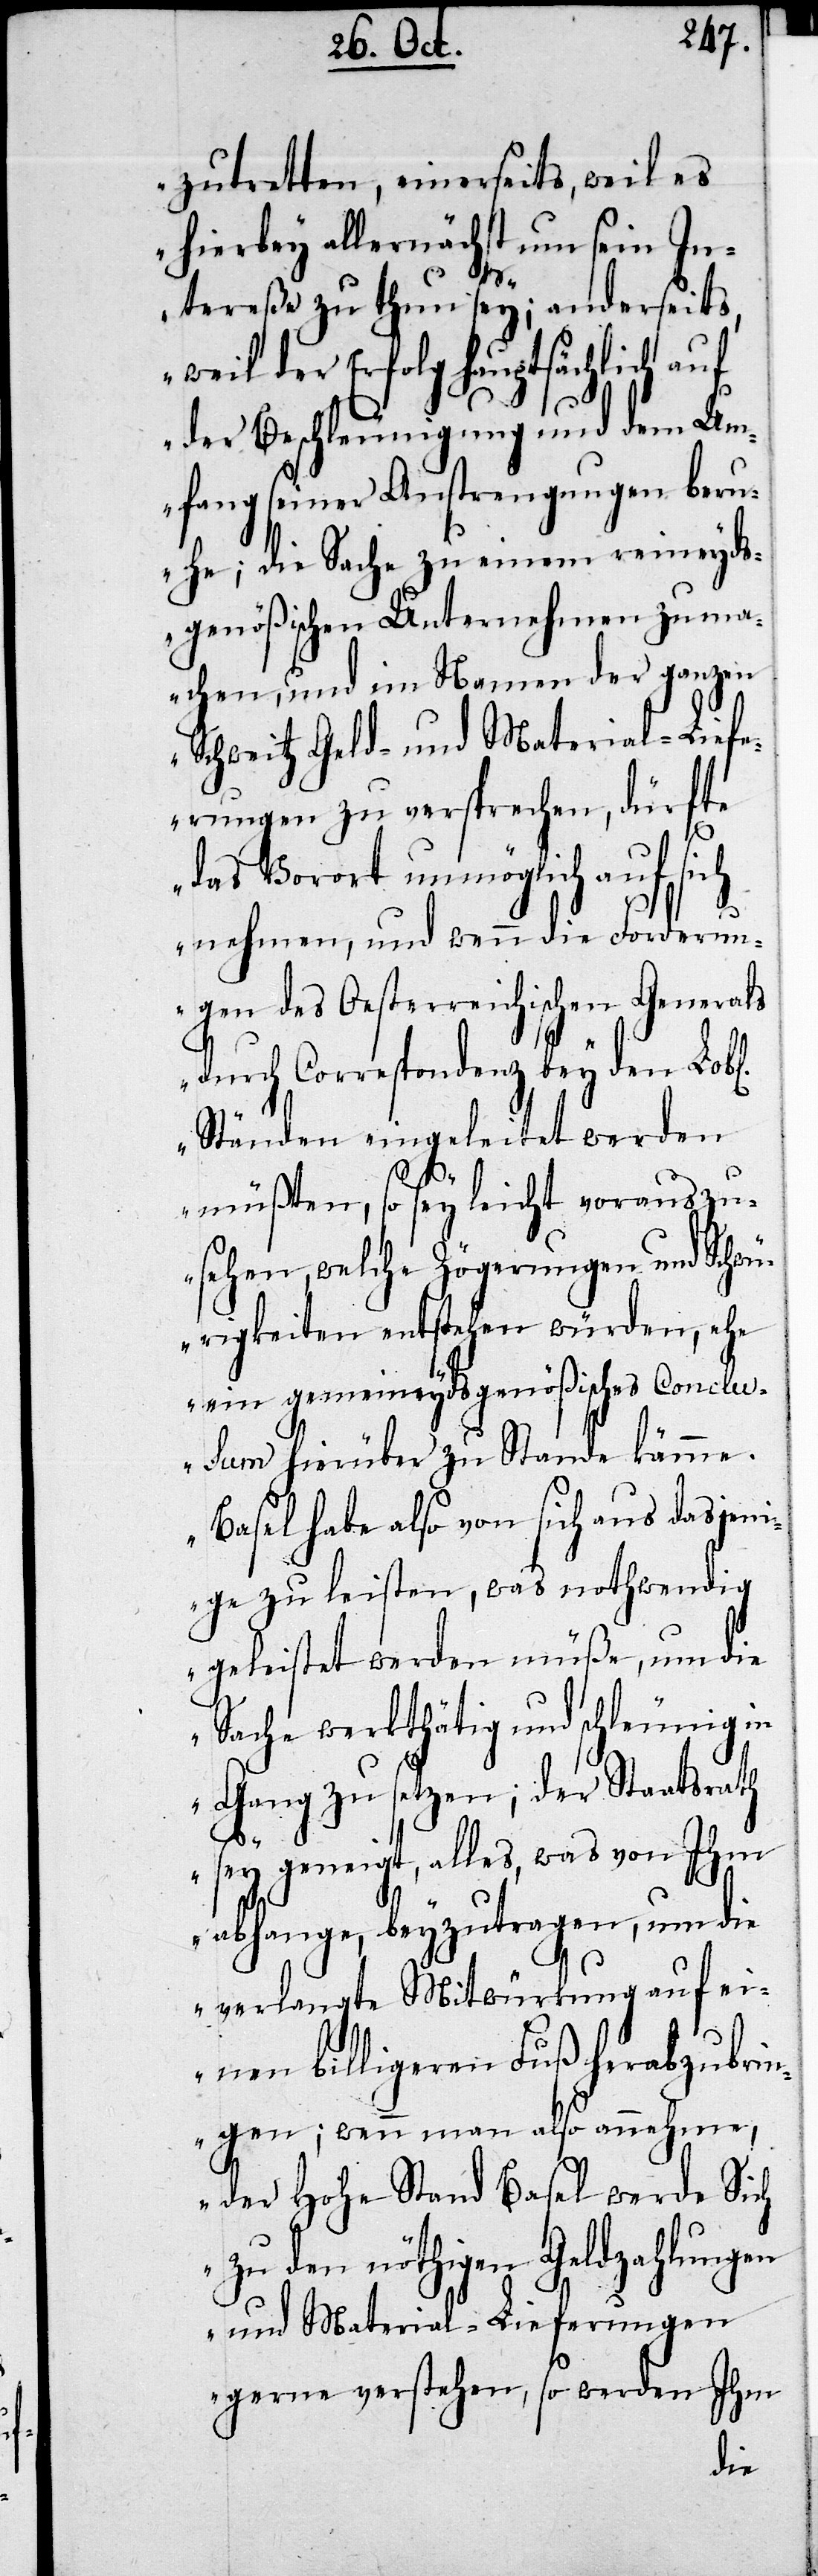
zutretten, einerseits, weil es
hierbey allernächst um sein In¬
tereße zu thun sey; anderseits,
der Erfolg hauptsächlich auf
der Beschleunigung und dem Um¬
fang seiner Anstrengung beru¬
he; die Sache zu einem reineyd¬
sgenößischen Unternehmen zu ma¬
chen, und im Namen der ganzen
Schweitz Geld- und Material-Lief¬
erungen zu versprechen, dürfte
das Vorort unmöglich auf sich
nehmen, und wenn die Forderun¬
gen des Oesterreichischen Generals
durch Correspondenz bey den Lobl.
Ständen eingeleitet werden
müßten, so sey leicht vorauszu¬
sehen, welche Zögerungen und Schwü¬
rgkeiten entstehen würden, ehe
ein gemeineydsgenößisches Conclus¬
um hierüber zu Stande käme.
Basel habe also von sich aus dasjeni¬
ge zu leisten, was nothwendig
geleistet werden müße, um die
Sache werkthätig und schleunig in
Gang zu setzen; der Staatsrath
sey geneigt, alles, was von Ihm
abhange, beyzutragen, um die
verlangte Mitwürkung auf ei¬
nen billigeren Fuß herabzubri¬
ngen; wenn man also annehme,
der Hohe Stand Basel werde sich
zu den nöthigen Geldzahlungen
und Material-Lieferungen
gerne verstehen, so werden Ihm